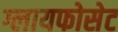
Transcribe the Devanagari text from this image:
ग्लायफोसेट